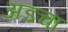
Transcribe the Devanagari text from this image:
अडचा